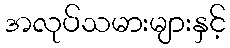
အလုပ်သမားများနှင့်